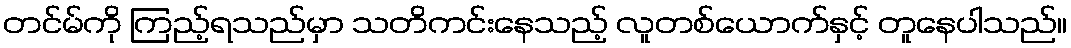
တင်မ်ကို ကြည့်ရသည်မှာ သတိကင်းနေသည့် လူတစ်ယောက်နှင့် တူနေပါသည်။